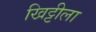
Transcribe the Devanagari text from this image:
खिट्टीला